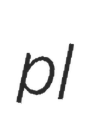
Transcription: pl